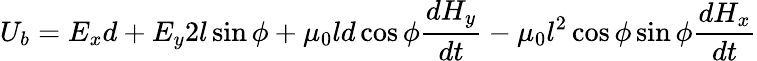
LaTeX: U_{b}=E_{x}d+E_{y}2l\sin{\phi}+\mu_{0}ld\cos{\phi}\frac{dH_{y}}{dt}-\mu_{0}l^{2}\cos{\phi}\sin{\phi}\frac{dH_{x}}{dt}